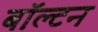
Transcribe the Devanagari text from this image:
बॉल्टन